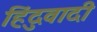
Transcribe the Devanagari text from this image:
हिंदुवादी